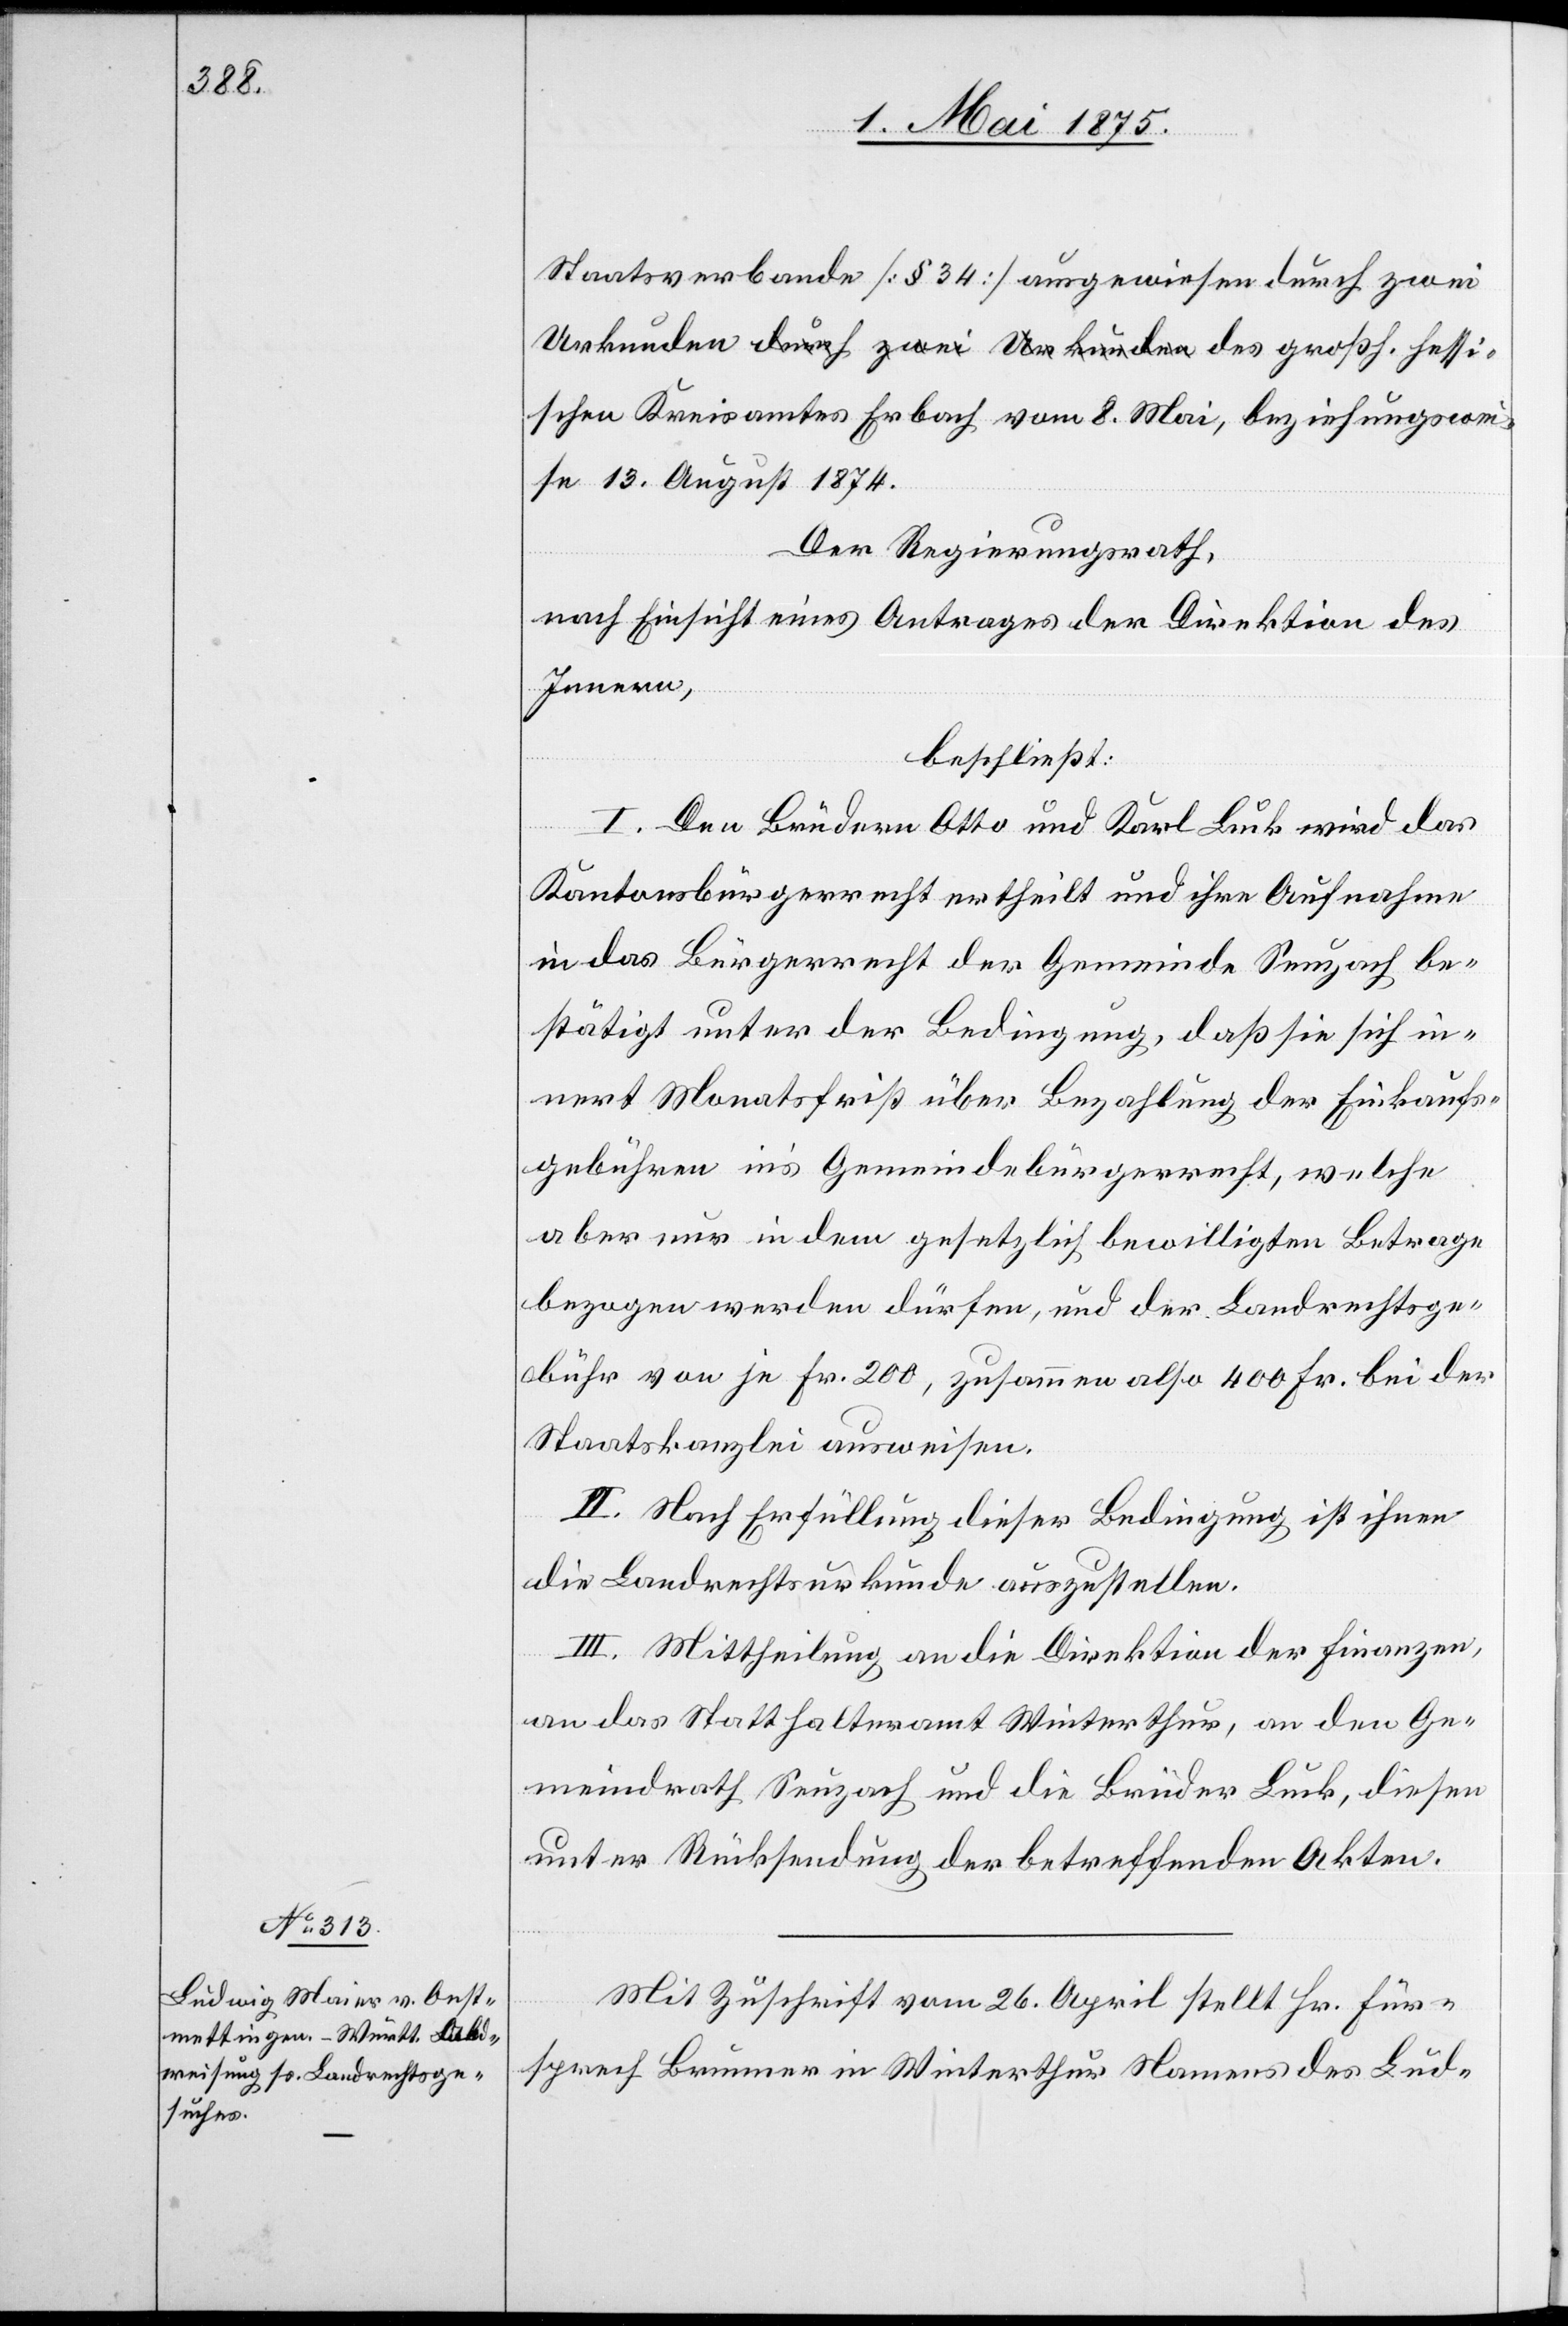
Staatsverbande [§ 34] ausgewiesen durch zwei
schen Kreisrathes Erbach vom 8. Mai, beziehungswei¬
se 13. August 1874.
Der Regierungsrath,
nach Einsicht eines Antrages er Direktion des
Innern,
beschließt:
hessi¬
I. Den Brüdern Otto und Karl Luck wird das
Kantonsbürgerrecht ertheilt und ihre Aufnahme
in das Bürgerrecht der Gemeinde Seuzach be¬
stätigt unter der Bedingung, daß sie sich in¬
nert Monatsfrist über Bezahlung der Einkaufs¬
gebühren in’s Gemeindebürgerrecht, welche
aber nur in dem gesetzlich bewilligten Betrage
bezogen werden dürfen, und der Landrechtsge¬
bühr von je Fr. 200, zusammen also 400 Fr. bei der
Staatskanzlei ausweisen.
II. Nach Erfüllung dieser Bedingung ist ihnen
die Landrechtsurkunde auszustellen.
III. Mittheilung an die Direktion des Finanzen,
an das Statthalteramt Winterthur, an den Ge¬
meindrath Seuzach und die Brüder Luck, diesen
unter Rücksendung der betreffenden Akten.
Mit Zuschrift vom 26. April stellt Hr. Für¬
sprech Brunner in Winterthur Namens des Lud-